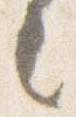
言